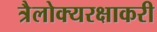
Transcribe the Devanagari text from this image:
त्रैलोक्यरक्षाकरी